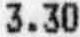
3.30